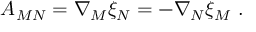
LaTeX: A _ { M N } = \nabla _ { M } \xi _ { N } = - \nabla _ { N } \xi _ { M } ~ .